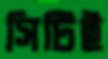
সিটিই